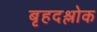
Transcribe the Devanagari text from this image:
बृहदश्लोक